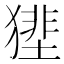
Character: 𤡝